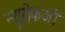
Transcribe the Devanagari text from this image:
न्यूरोफजी